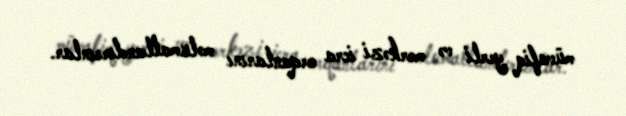
müvafiq yerli və mərkəzi icra orqanlarını məlumatlandırsınlar.